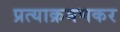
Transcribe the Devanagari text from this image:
प्रत्याक्रमणकर